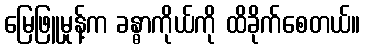
မြေဖြူမှုန့်က ခန္ဓာကိုယ်ကို ထိခိုက်စေတယ်။